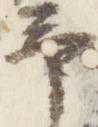
予